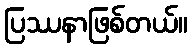
ပြဿနာဖြစ်တယ်။